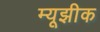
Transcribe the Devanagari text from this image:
म्यूझीक